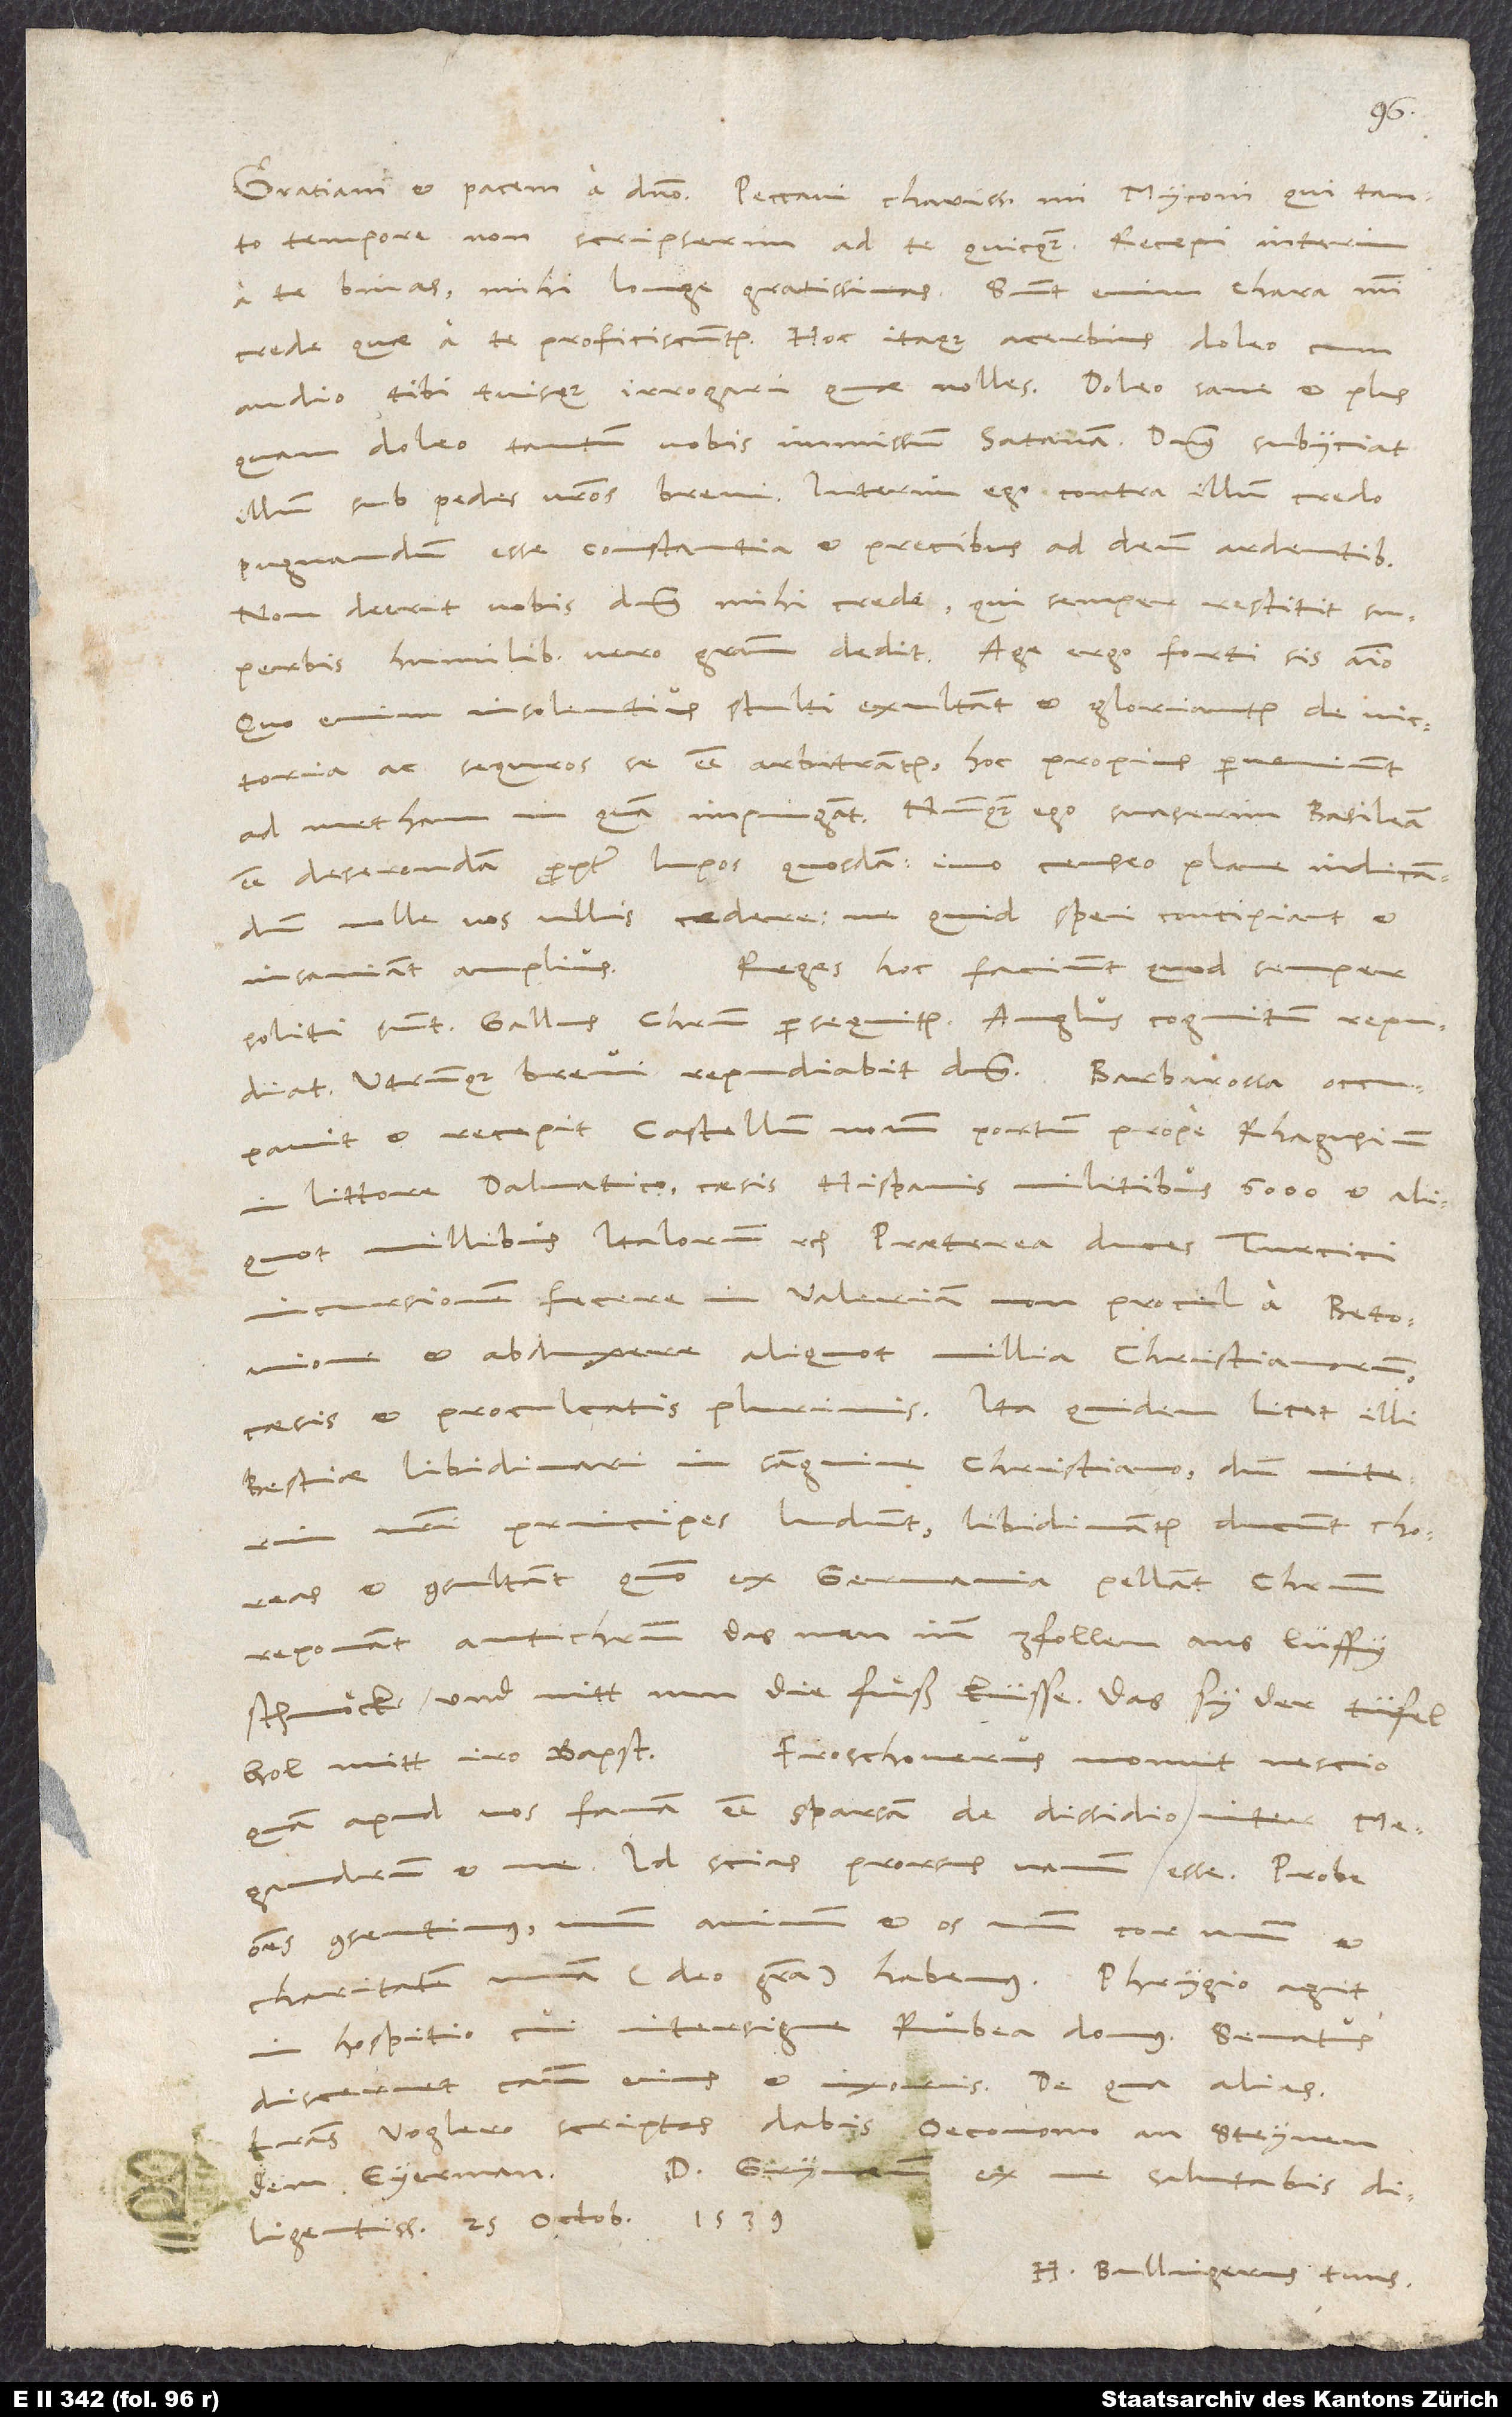
tempore non scripserim ad te quicquam. Recepi interim
a te binas mihi longe gratissimas. Sunt enim chara, mihi
crede, quae a te proficiscuntur. Hoc itaque acerbius doleo,
cum
audio tibi tuisque irrogari, quae nolles. Doleo sane et plus
quam doleo tantum vobis immissum satanam. Dominus subiiciat
illum sub pedes vestros brevi. Interim ego contra illum credo
pugnandum esse constantia et precibus ad deum ardentibus.
Non deerit vobis dominus, mihi crede, qui semper restitit
superbis, humilibus vero gratiam dedit. Age ergo, forti sis animo.
Quo enim insolentius stulti exultant et gloriantur de victoria
ac sequros se esse arbitrantur, hoc propius perveniunt
esse deserendam propter lupos quosdam; imo censeo plane indicandum
nolle vos ullis cedere, ne quid spei concipiant et
soliti sunt. Gallus Christum persequitur. Anglus cognitum repudiat.
Utrunque brevi repudiabit dominus. Barbarossa occupavit
et recepit Castellum Novum, portum prope Rhagusium
in littore Dalmatico, caesis Hispanis militibus 6000 et aliquot
millibus Italorum etc. Praeterea duces Turcici
incursionem fecere in Valeriam non procul a Betonione
et abduxere aliquot millia christianorum,
caesis et proculcatis plurimis. Ita quidem licet illi
bestiae libidinari in sanguine christiano, dum interim
nostri principes ludunt, libidinantur, ducunt choreas
et consultant, quomodo ex Germania pellant Christum,
reponant antichristum, das man imm zfollen ans lüffy
schmöck und nitt nun die fuͤß küsse. Das sy der tüfel
Froschouerus monuit nescio
hol mitt iro bapst!
quam apud vos famam esse sparsam de dissidio inter
Megandrum et me. Id scias prorsus vanum esse. Probe
omnes consentimus, unum animum et os unum, cor unum et
in hospitio, cui intersigne rubea domus. Senatus
discernet causam eius et uxoris. De qua alias.
Voglero scriptas dabis oeconomo an Steynen,
Dominum Grynaeum ex me salutabis
dem Eyerman.
diligentissime. 25. octobris 1539.
H. Bullingerus tuus.